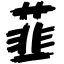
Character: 韮